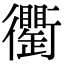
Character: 𧘆